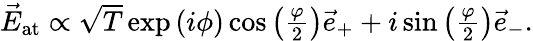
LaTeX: \begin{array}{r}{\vec{E}_{\mathrm{at}}\propto\sqrt{T}\exp\left(i\phi\right)\cos\left(\frac{\varphi}{2}\right)\vec{e}_{+}+i\sin\left(\frac{\varphi}{2}\right)\vec{e}_{-}.}\end{array}